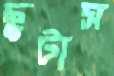
ছুটাস